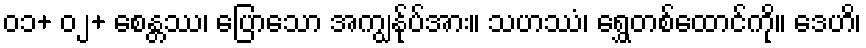
၀၁+ ၀၂+ စေန္တဿ၊ ပြောသော အကျွန်ုပ်အား။ သဟဿံ၊ ရွှေတစ်ထောင်ကို။ ဒေဟိ၊